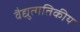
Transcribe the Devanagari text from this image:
वैद्युत्गतिकीय